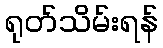
ရုတ်သိမ်းရန်